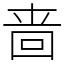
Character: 啬